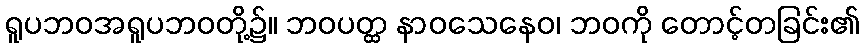
ရူပဘဝအရူပဘဝတို့၌။ ဘဝပတ္ထ နာဝသေနေဝ၊ ဘဝကို တောင့်တခြင်း၏